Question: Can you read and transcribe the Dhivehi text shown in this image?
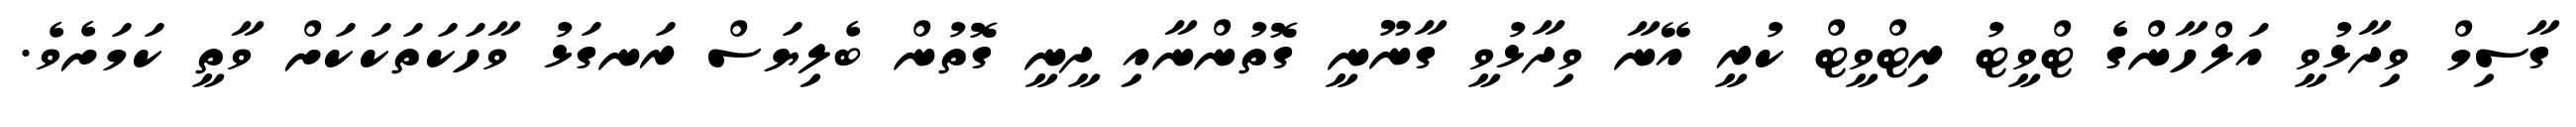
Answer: ގާސިމް ވިދާޅުވީ އަލްހާންގެ ޓްވީޓު ރިޓްވީޓް ކުރީ އޭނާ ވިދާޅުވީ ގާނޫނީ ގޮތުންނާއި ދީނީ ގޮތުން ބެލިޔަސް ރަނގަޅު ވާހަކަތަކަކަށް ވާތީ ކަމަށެވެ.